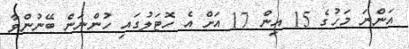
އަންނަ މަހުގެ 15 އިން 17 އަށް އެ ހޮޓަލުގައި ހުންނަން ބޭނުންވާ